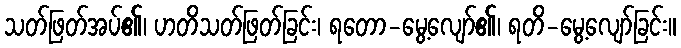
သတ်ဖြတ်အပ်၏၊ ဟတိသတ်ဖြတ်ခြင်း၊ ရတော-မွေ့လျော်၏၊ ရတိ-မွေ့လျော်ခြင်း။